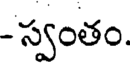
- స్వంతం.